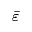
\bar { \varepsilon }